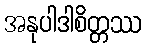
အနုပါဒါစိတ္တဿ